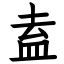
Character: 盍